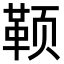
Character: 𬱭